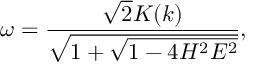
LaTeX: \omega = \frac { \sqrt { 2 } K ( k ) } { \sqrt { 1 + \sqrt { 1 - 4 H ^ { 2 } E ^ { 2 } } } } ,